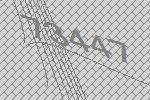
73447